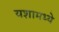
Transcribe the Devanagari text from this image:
यशामध्ये